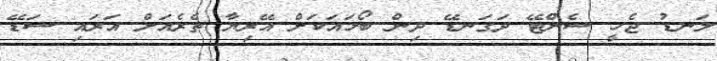
ލަނޑު ޖެހީ ސެންޓޭ ދަގަނޑޭ ދިން ބޯޅައަކަށް އޭރިޔާ ތެރެއަށް އަރައި ސަޑޭ